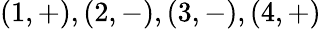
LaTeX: (1,+),(2,-),(3,-),(4,+)